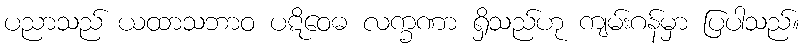
ပညာသည် ယထာသဘာဝ ပဋိဝေဓ လက္ခဏာ ရှိသည်ဟု ကျမ်းဂန်မှာ ပြပါသည်။